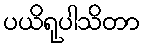
ပယိရုပါသိတာ